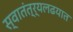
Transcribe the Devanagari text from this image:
स्वातंत्र्यलढयात